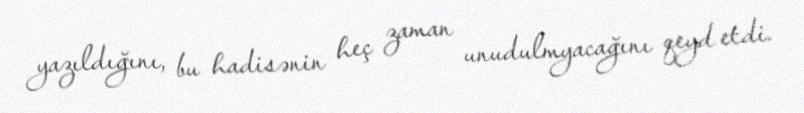
yazıldığını, bu hadisənin heç zaman unudulmyacağını qeyd etdi.